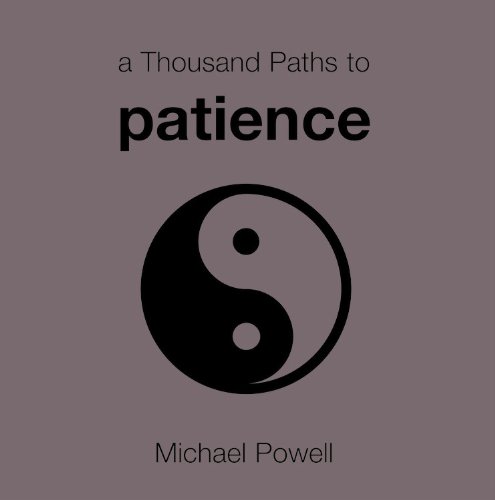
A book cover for A Thousand Paths to Patience; Michael Powell; Teen & Young Adult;